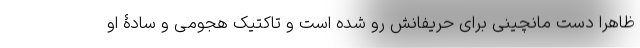
ظاهرا دست مانچینی برای حریفانش رو شده است و تاکتیک هجومی و سادۀ او